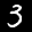
Label: 3